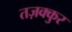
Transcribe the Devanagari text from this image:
तज़क्कुर